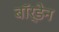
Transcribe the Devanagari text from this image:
बॉर्डेन